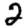
Digit: 2